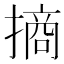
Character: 𢳣